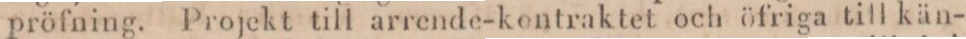
pröfning. Projekt till arrende-kontraktet och öfriga till kän-